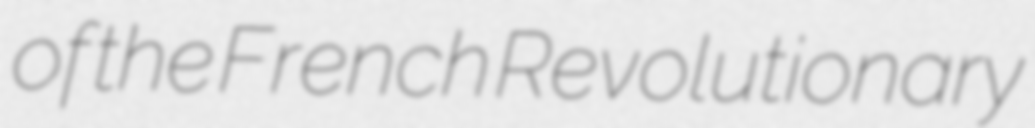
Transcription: of the French Revolutionary